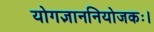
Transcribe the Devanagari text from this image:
योगज्ञाननियोजकः।